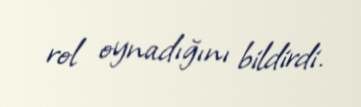
rol oynadığını bildirdi.